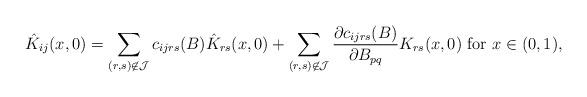
LaTeX: \begin{align*}\hat K_{i j}(x, 0) = \sum_{(r, s) \not \in {\cal J}} c_{i j r s}(B) \hat K_{r s}(x, 0) + \sum_{(r, s) \not \in {\cal J}} \frac{\partial c_{i j r s}(B)}{\partial B_{pq}} K_{r s}(x, 0) \mbox{ for } x \in (0, 1),\end{align*}